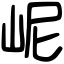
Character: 㞾